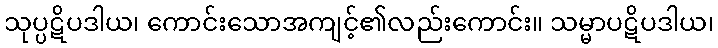
သုပ္ပဋိပဒါယ၊ ကောင်းသောအကျင့်၏လည်းကောင်း။ သမ္မာပဋိပဒါယ၊